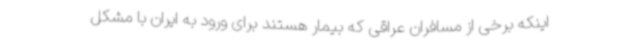
اینکه برخی از مسافران عراقی که بیمار هستند برای ورود به ایران با مشکل